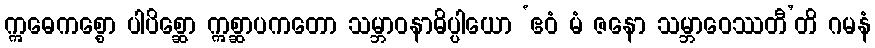
ဣဓေကစ္စော ပါပိစ္ဆော ဣစ္ဆာပကတော သမ္ဘာဝနာဓိပ္ပါယော ‘ဧဝံ မံ ဇနော သမ္ဘာဝေဿတီ’တိ ဂမနံ